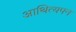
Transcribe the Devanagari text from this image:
आथित्यपन